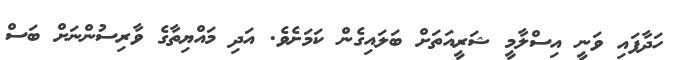
ހަދާފައި ވަނީ އިސްލާމީ ޝަރީއަތަށް ބަލައިގެން ކަމަށެވެ. އަދި މައްޔިތާގެ ވާރިސުންނަށް ބަސް